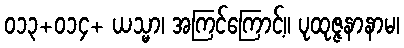
၀၁၃+၀၁၄+ ယသ္မာ၊ အကြင်ကြောင့်။ ပုထုဇ္ဇနာနာမ၊